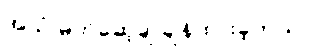
အသံ မတ်ဆေ့ချ် ချန်ထားခဲ့တယ်။